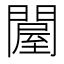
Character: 𨵱